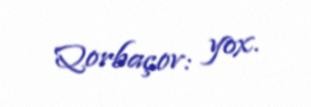
Qorbaçov: yox.